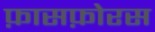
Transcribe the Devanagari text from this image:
फ़ासफ़ोरस